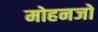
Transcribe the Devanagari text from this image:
मोहनजो